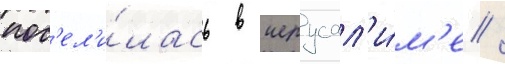
пос'ел'и́лась в иерусал'и́м'е /